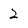
Character: 2